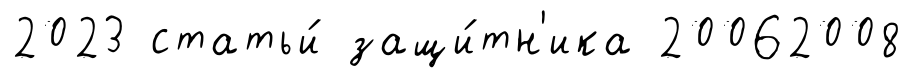
2023 статьи́ защи́тн'ика 20062008